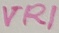
Text: VR1